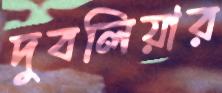
দুবলিয়ার